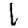
Digit: 1